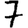
Digit: 7